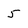
Character: 5